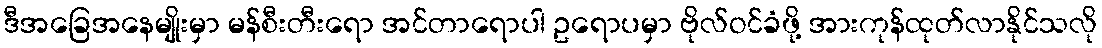
ဒီအခြေအနေမျိုးမှာ မန်စီးတီးရော အင်တာရောပါ ဥရောပမှာ ဗိုလ်ဝင်ခံဖို့ အားကုန်ထုတ်လာနိုင်သလို